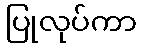
ပြုလုပ်ကာ